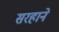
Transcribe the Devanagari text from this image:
सरहाने